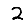
Digit: 2